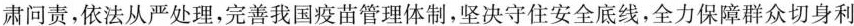
肃问责，依法从严处理，完善我国疫苗管理体制，坚决守住安全底线，全力保障群众切身利